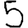
Digit: 5